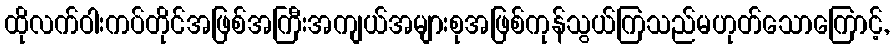
ထိုလက်ဝါးကပ်တိုင်အဖြစ်အကြီးအကျယ်အများစုအဖြစ်ကုန်သွယ်ကြသည်မဟုတ်သောကြောင့်,